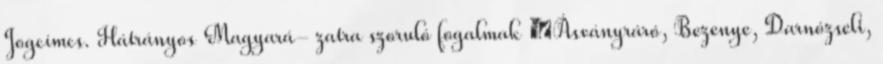
Jogcímcs. Hátrányos Magyará- zatra szoruló fogalmak ▪Ásványráró, Bezenye, Darnózseli,